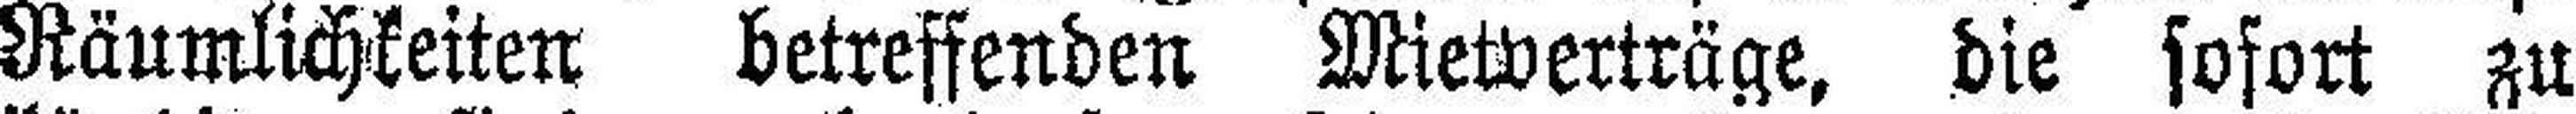
Räumlichkeiten betreffenden Mietverträge, die sofort zu